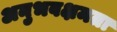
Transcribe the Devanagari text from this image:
अनुभवक्षमता